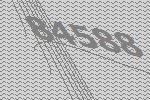
84588